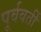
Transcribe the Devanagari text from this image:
पूर्ववर्तीं